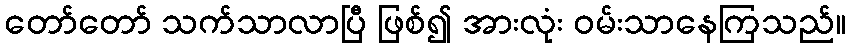
တော်တော် သက်သာလာပြီ ဖြစ်၍ အားလုံး ဝမ်းသာနေကြသည်။